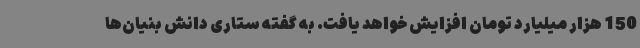
150 هزار میلیارد تومان افزایش خواهد یافت. به گفته ستاری دانش بنیان‌ها